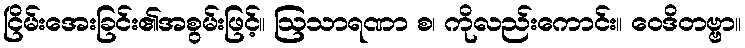
ငြိမ်းအေးခြင်း၏အစွမ်းဖြင့်။ ဩသာရဏာ စ၊ ကိုလည်းကောင်း။ ဝေဒိတဗ္ဗာ။